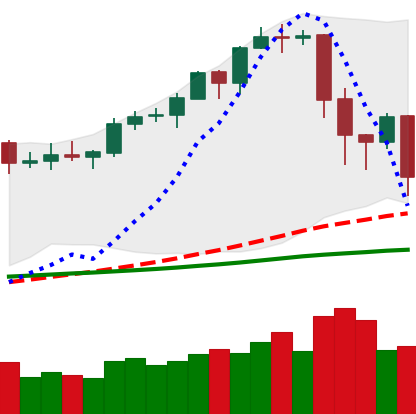
Ticker: EOS-USD
Chart end date: 2020-02-19
Forward return: 3.143%
Label: up_3_5